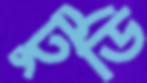
টুডি